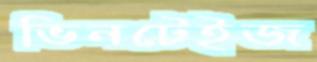
ভিনটেইজ